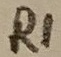
Text: R1